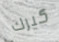
كيرك